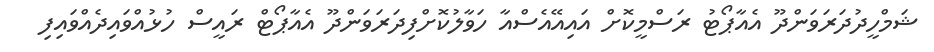
ޝަމްހީދުދަރަވަންދޫ އެއާޕޯޓު ރަސްމީކޮށް އައިއޭއެސްއާ ހަވާލުކޮށްފިދަރަވަންދޫ އެއާޕޯޓް ރައީސް ހުޅުއްވައިދެއްވައިފި